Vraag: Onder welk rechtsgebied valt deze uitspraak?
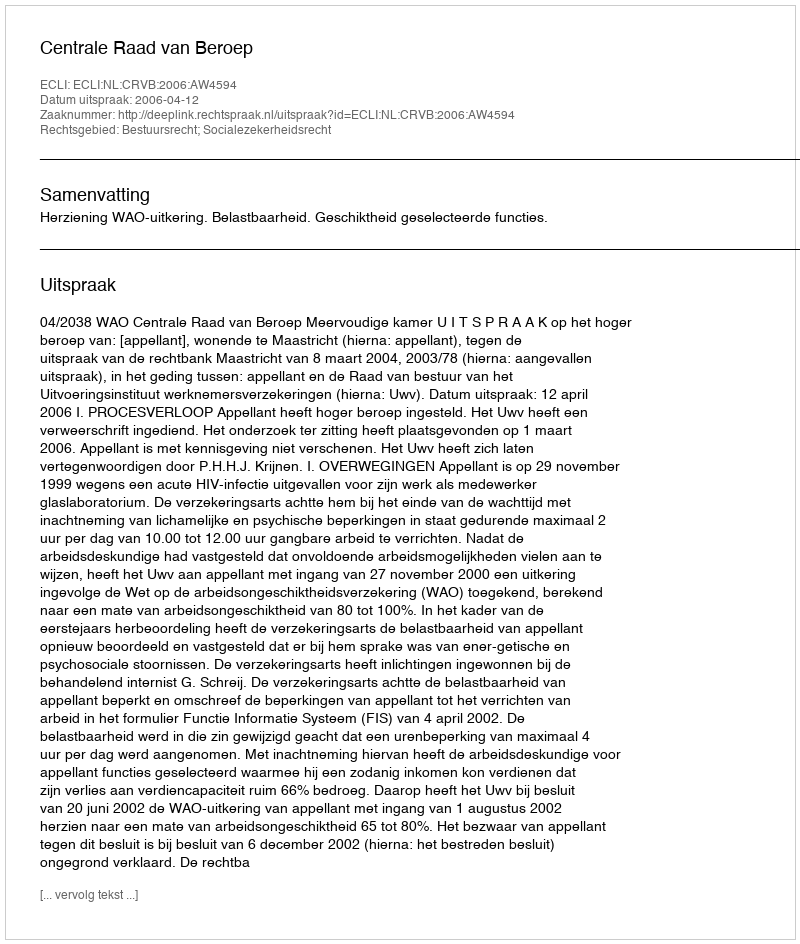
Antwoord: Bestuursrecht; Socialezekerheidsrecht